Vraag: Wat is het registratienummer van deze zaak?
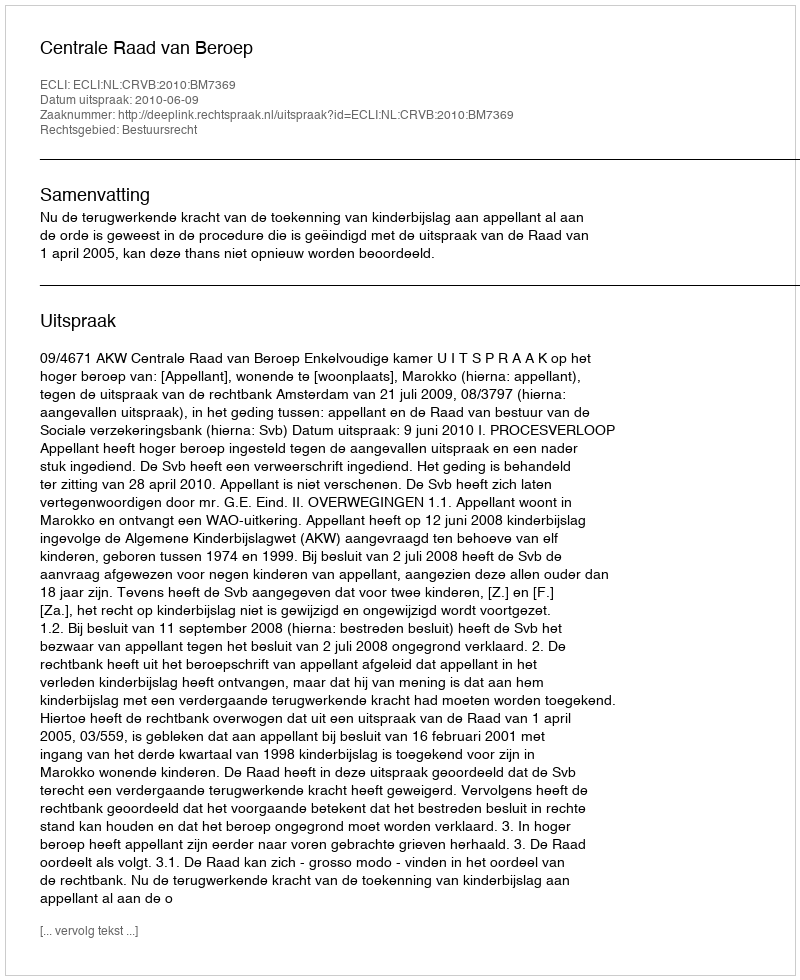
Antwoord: http://deeplink.rechtspraak.nl/uitspraak?id=ECLI:NL:CRVB:2010:BM7369